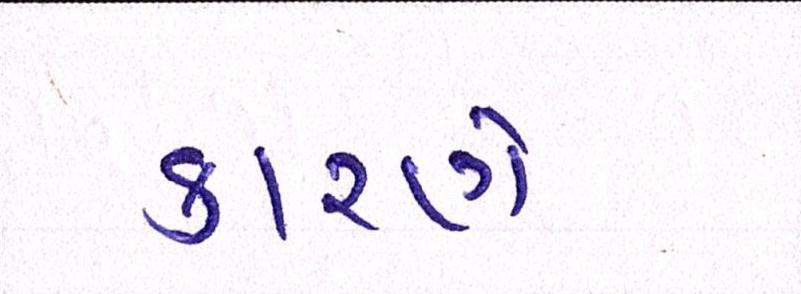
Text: કારણે